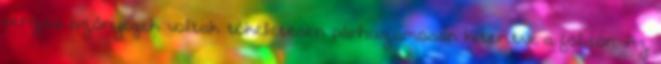
perzsa szőnyegek voltak tökéletesen párhuzamosan kiterítve a földön. Az